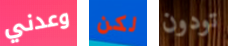
وعدني لكن تودون